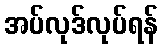
အပ်လုဒ်လုပ်ရန်